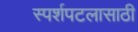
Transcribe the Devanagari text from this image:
स्पर्शपटलासाठी